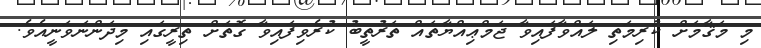
މި މަޤާމަށް ކުރިމަތި ލައްވާފައިވާ ޖަމްޢިއްޔާތައް ތަރުތީބު ކުރެވިފައިވާ ގޮތަށް ތިރީގައި މިދަންނަވަނީއެވެ.